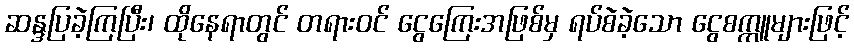
ဆန္ဒပြခဲ့ကြပြီး၊ ထိုနေရာတွင် တရားဝင် ငွေကြေးအဖြစ်မှ ရပ်စဲခဲ့သော ငွေစက္ကူများဖြင့်